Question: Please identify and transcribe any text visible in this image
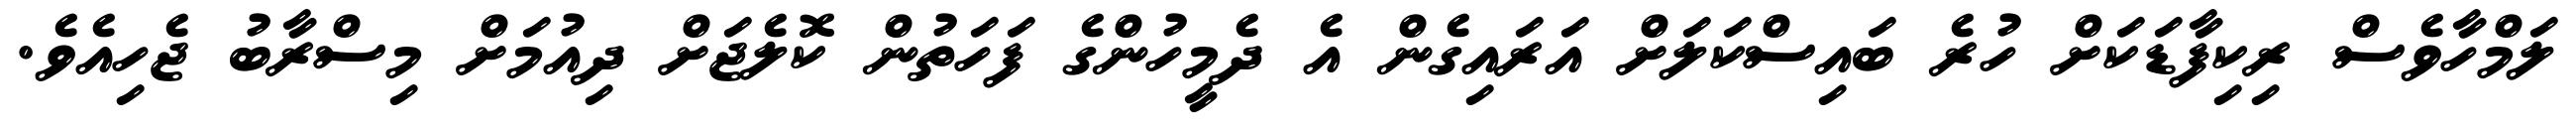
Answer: ލަމްހާވެސް ރިކިފާޑަކަށް ހުރެ ބައިސްކަލަށް އަރައިގެން އެ ދެމީހުންގެ ފަހަތުން ކޮލެޖަށް ދިއުމަށް މިސްރާބު ޖެހިއެވެ.